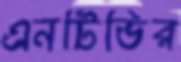
এনটিভির